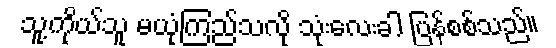
သူ့ကိုယ်သူ မယုံကြည်သလို သုံးလေးခါ ပြန်စစ်သည်။